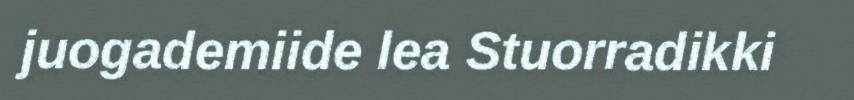
juogademiide lea Stuorradikki